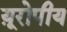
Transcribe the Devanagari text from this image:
य़ूरोपीय